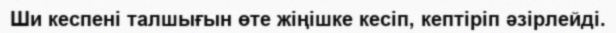
Ши кеспені талшығын өте жіңішке кесіп, кептіріп әзірлейді.